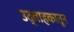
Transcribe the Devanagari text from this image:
उद्वाहकातून